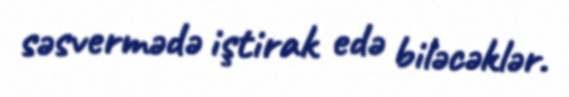
səsvermədə iştirak edə biləcəklər.